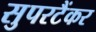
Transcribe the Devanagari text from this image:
सुपरटैंकर